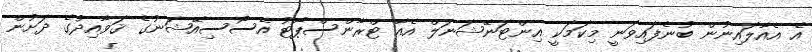
އެ އެއާލައިނުން ބުނެފައިވަނީ މިކަމަކީ އިންޓަނޭޝަނަލް އެއާ ޓްރާންސްޕޯޓު އެސޯސިއޭޝަނުގެ ޤަވާއިދުގެ ދަށުން